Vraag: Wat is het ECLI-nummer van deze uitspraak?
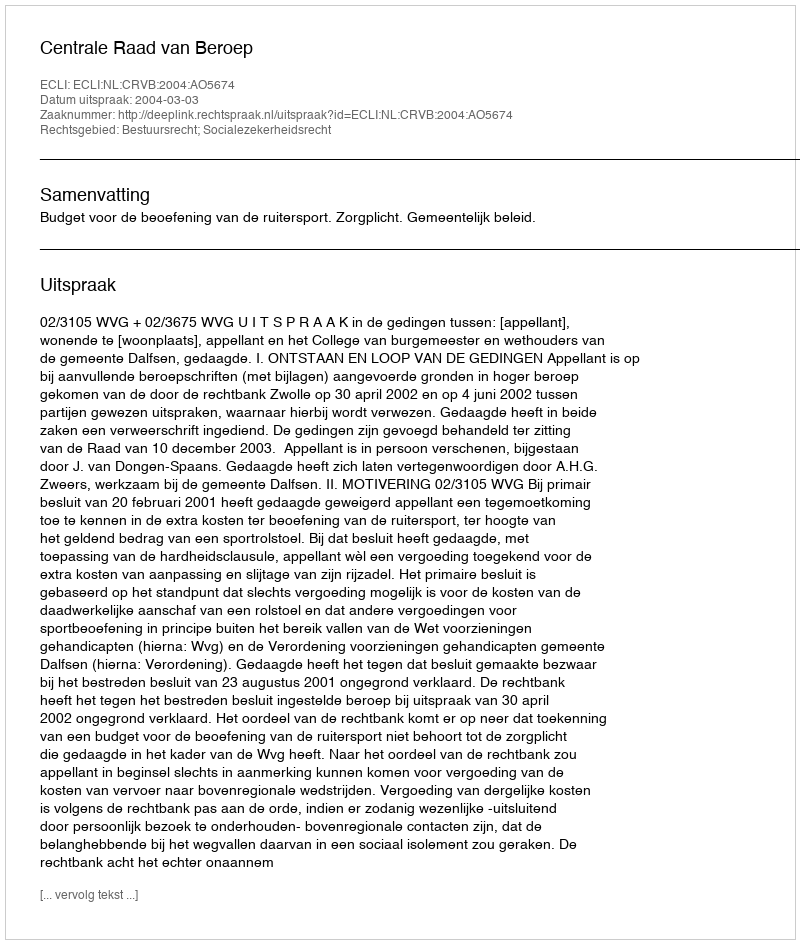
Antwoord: ECLI:NL:CRVB:2004:AO5674